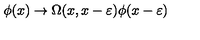
\phi ( x ) \rightarrow \Omega ( x , x - \varepsilon ) \phi ( x - \varepsilon )